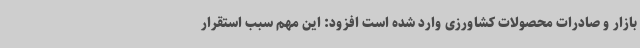
بازار و صادرات محصولات کشاورزی وارد شده است افزود: این مهم سبب استقرار